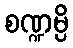
စဏ္ဍမ္ပိ